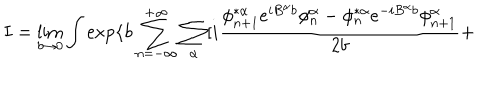
I = \lim _ { b \rightarrow 0 } \int \exp \{ b \sum _ { n = - \infty } ^ { + \infty } \sum _ { \alpha } [ i \frac { \phi _ { n + 1 } ^ { * \alpha } e ^ { i B ^ { \alpha } b } \phi _ { n } ^ { \alpha } - \phi _ { n } ^ { * \alpha } e ^ { - i B ^ { \alpha } b } \phi _ { n + 1 } ^ { \alpha } } { 2 b } +